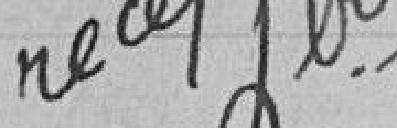
Vu pour récépissé